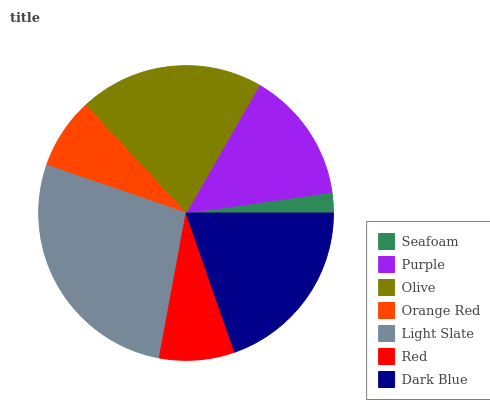
| Seafoam | Purple | Olive | Orange Red | Light Slate | Red | Dark Blue |
 | --- | --- | --- | --- | --- | --- | --- |
 | 2.25% | 14.5% | 20.2% | 7.82% | 27.4% | 8.25% | 19.6% |